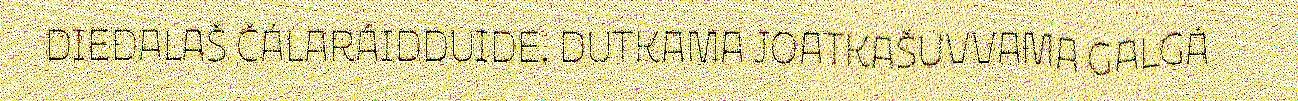
DIEĐALAŠ ČÁLARÁIDDUIDE. DUTKAMA JOATKAŠUVVAMA GALGÁ